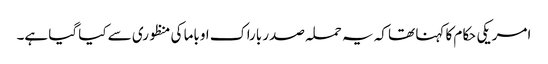
امریکی حکام کا کہنا تھا کہ یہ حملہ صدر باراک اوباما کی منظوری سے کیا گیا ہے۔